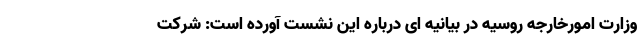
وزارت امورخارجه روسیه در بیانیه ای درباره این نشست آورده است: شرکت